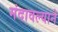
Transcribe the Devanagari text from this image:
मंदावल्याने